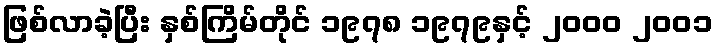
ဖြစ်လာခဲ့ပြီး နှစ်ကြိမ်တိုင် ၁၉၇၈ ၁၉၇၉နှင့် ၂၀၀၀ ၂၀၀၁